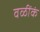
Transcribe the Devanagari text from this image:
वळींकं